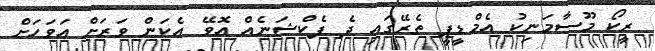
ރީކޯ މޫސާމަނިކު އެމްޑީޕީ ތެރޭގައި ދެ ފެކްޝަނެއް އޮވޭ އެކަން ވަރަށް އަވަހަށް